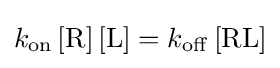
k_{\mathrm {on} }\,[{\mathrm {R} }]\,[{\mathrm {L} }]=k_{\mathrm {off} }\,[{\mathrm {RL} }]